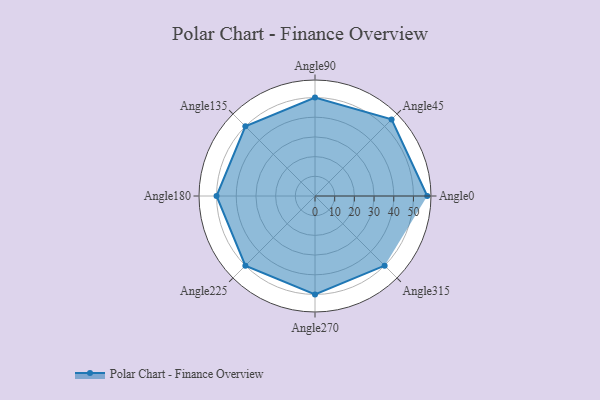
{"axis": {"x": "Angle", "y": "Radius"}, "legend": [""], "data": [{"x": "Angle0", "y": 57.0, "type": ""}, {"x": "Angle45", "y": 55.0, "type": ""}, {"x": "Angle90", "y": 50, "type": ""}, {"x": "Angle135", "y": 50, "type": ""}, {"x": "Angle180", "y": 50, "type": ""}, {"x": "Angle225", "y": 50, "type": ""}, {"x": "Angle270", "y": 50, "type": ""}, {"x": "Angle315", "y": 50, "type": ""}]}